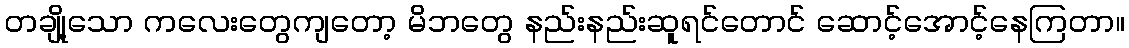
တချို့သော ကလေးတွေကျတော့ မိဘတွေ နည်းနည်းဆူရင်တောင် ဆောင့်အောင့်နေကြတာ။